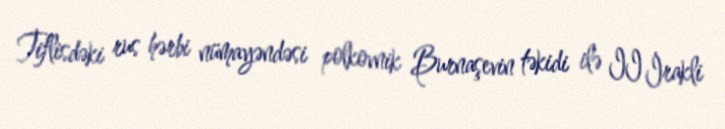
Tiflisdəki rus hərbi nümayəndəsi polkovnik Burnaşevin təkidi ilə II İrakli